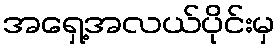
အရှေ့အလယ်ပိုင်းမှ